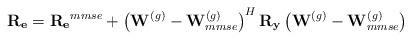
LaTeX: \begin{align*}\mathbf{R_e} = \mathbf{R_e}^{mmse} + \left(\mathbf{W}^{(g)}-\mathbf{W}^{(g)}_{mmse}\right)^H\mathbf{R}_{\mathbf{y}}\left(\mathbf{W}^{(g)}-\mathbf{W}^{(g)}_{mmse}\right) \end{align*}